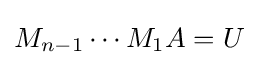
M_{n-1}\cdots M_{1}A=U